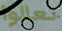
تعالوا